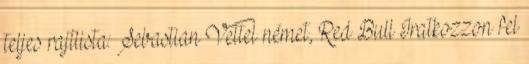
teljes rajtlista: Sebastian Vettel német, Red Bull Iratkozzon fel